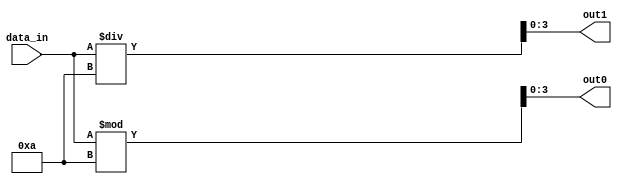
module dec5toBCD(data_in, out1, out0);
	
	input [4:0] data_in;
	output [3:0] out1, out0;
	
	assign out0 = data_in % 10;
	assign out1 = data_in / 10;
	
endmodule